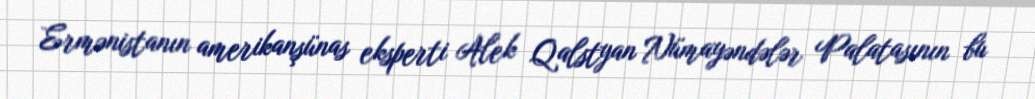
Ermənistanın amerikanşünas eksperti Alek Qalstyan Nümayəndələr Palatasının bu